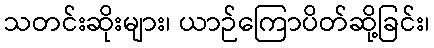
သတင်းဆိုးများ၊ ယာဉ်ကြောပိတ်ဆို့ခြင်း၊